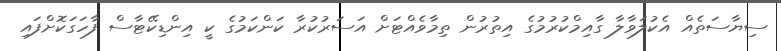
ސިޔާސަތެއް އެކުލަވާލާ ގާއިމްކުރުމުގެ އިތުރުން ތިމާވެއްޓަށް އަސަރުކުރާ ކަންކަމުގެ ކީ އިންޑިކޭޓާސް ފާހަގަކޮށްފައި